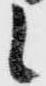
候